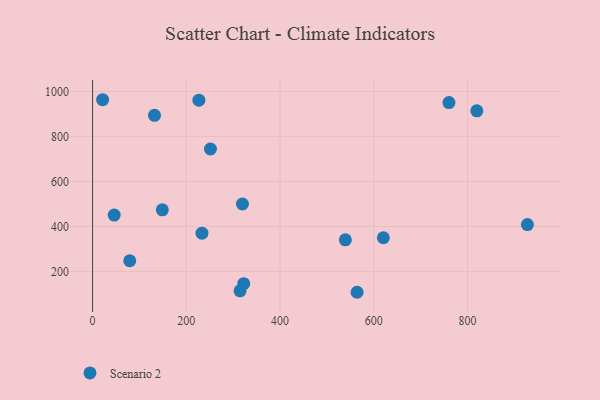
{"axis": {"x": "Distance", "y": "Profit"}, "legend": ["Scenario 2"], "data": [{"x": "927.7", "y": 408.2, "type": "Scenario 2"}, {"x": "314.6", "y": 113.6, "type": "Scenario 2"}, {"x": "226.8", "y": 962.0, "type": "Scenario 2"}, {"x": "233.4", "y": 370.0, "type": "Scenario 2"}, {"x": "132.1", "y": 894.5, "type": "Scenario 2"}, {"x": "819.8", "y": 914.4, "type": "Scenario 2"}, {"x": "620.4", "y": 349.8, "type": "Scenario 2"}, {"x": "148.8", "y": 473.9, "type": "Scenario 2"}, {"x": "21.4", "y": 963.8, "type": "Scenario 2"}, {"x": "760.4", "y": 950.9, "type": "Scenario 2"}, {"x": "79.3", "y": 247.3, "type": "Scenario 2"}, {"x": "322.5", "y": 145.4, "type": "Scenario 2"}, {"x": "564.3", "y": 107.1, "type": "Scenario 2"}, {"x": "251.4", "y": 744.6, "type": "Scenario 2"}, {"x": "539.3", "y": 340.3, "type": "Scenario 2"}, {"x": "319.7", "y": 499.8, "type": "Scenario 2"}, {"x": "46.1", "y": 450.7, "type": "Scenario 2"}]}